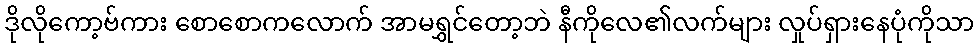
ဒိုလိုကော့ဗ်ကား စောစောကလောက် အာမရွှင်တော့ဘဲ နီကိုလေ၏လက်များ လှုပ်ရှားနေပုံကိုသာ